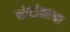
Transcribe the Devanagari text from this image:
कोर्टातल्या